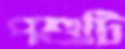
পশুটি